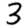
Digit: 3